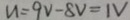
u = 9 V - 8 V = 1 V